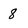
Character: 8